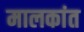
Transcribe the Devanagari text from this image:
मालकांत